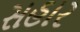
સહાર